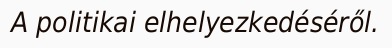
A politikai elhelyezkedéséről.